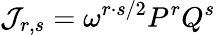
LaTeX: {\cal J}_{r,s}=\omega^{r\cdot s/2}P^{r}Q^{s}